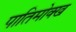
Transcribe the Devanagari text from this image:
पातिमोक्ख